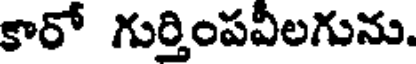
కారో గుర్తింపవీలగును.